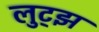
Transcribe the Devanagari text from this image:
लुट्झ